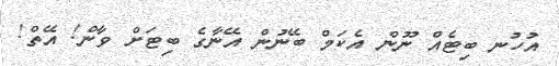
އުހުނ ބިޓެއް ނޫން އެކަމް ބޭނުން އޭނާގެ ބިޓަށް ވާން! އޭތް!